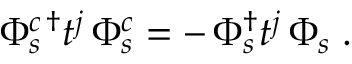
\begin{array} { r } { \Phi _ { s } ^ { c \, \dag } t ^ { j } \, \Phi _ { s } ^ { c } = - \, \Phi _ { s } ^ { \dag } t ^ { j } \, \Phi _ { s } \; . } \end{array}